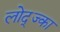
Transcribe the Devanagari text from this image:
लोद्ज्का